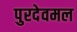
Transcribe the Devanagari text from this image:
पुरदेवमल